Vaccine operations Central Provinces 1886-1899 - 1886-1899
Year: 1886
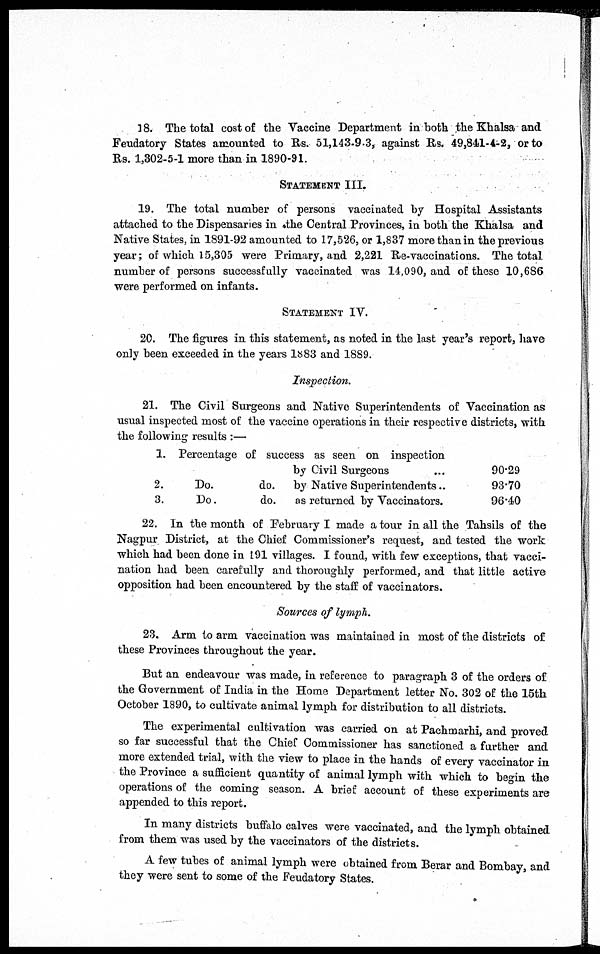
18. The total cost of the Vaccine Department in both the Khalsa and
Feudatory States amounted to Rs. 51,143-9-3, against Rs. 49,841-4-2, or to
Rs. 1,302-5-1 more than in 1890-91.
STATEMENT III.
19. The total number of persons vaccinated by Hospital Assistants
attached to the Dispensaries in the Central Provinces, in both the Khalsa and
Native States, in 1891-92 amounted to 17,526, or 1,837 more than in the previous
year; of which 15,305 were Primary, and 2,221 Re-vaccinations. The total
number of persons successfully vaccinated was 14,090, and of these 10,686
were performed on infants.
STATEMENT IV.
20. The figures in this statement, as noted in the last year's report, have
only been exceeded in the years 1883 and 1889.
Inspection.
21. The Civil Surgeons and Native Superintendents of Vaccination as
usual inspected most of the vaccine operations in their respective districts, with
the following results :—
1.
2.
3.
Percentage of success as seen on inspection
by Civil Surgeons
Do.
do. by Native Superintendents..
Do.
do.
as returned by Vaccinators.
90.29
93.70
96.40
22. In the month of February I made a tour in all the Tahsils of the
Nagpur District, at the Chief Commissioner's request, and tested the work
which had been done in 191 villages. I found, with few exceptions, that vacci-
nation had been carefully and thoroughly performed, and that little active
opposition had been encountered by the staff of vaccinators.
Sources of lymph.
23. Arm to arm vaccination was maintained in most of the districts of
these Provinces throughout the year.
But an endeavour was made, in reference to paragraph 3 of the orders of
the Government of India in the Home Department letter No. 302 of the 15th
October 1890, to cultivate animal lymph for distribution to all districts.
The experimental cultivation was carried on at Pachmarhi, and proved
so far successful that the Chief Commissioner has sanctioned a further and
more extended trial, with the view to place in the hands of every vaccinator in
the Province a sufficient quantity of animal lymph with which to begin the
operations of the coming season. A brief account of these experiments are
appended to this report.
In many districts buffalo calves were vaccinated, and the lymph obtained
from them was used by the vaccinators of the districts.
A few tubes of animal lymph were obtained from Berar and Bombay, and
they were sent to some of the Feudatory States.